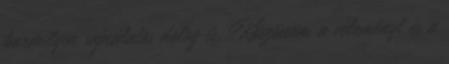
bármilyen sajnálatos dolog is. Köszönöm a véleményt és a